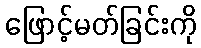
ဖြောင့်မတ်ခြင်းကို